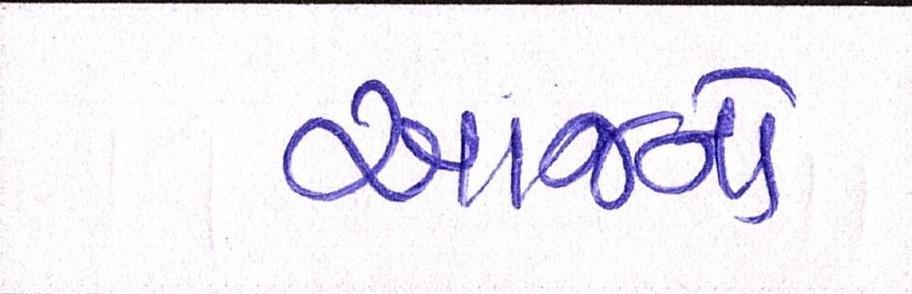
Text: આજનો